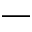
-